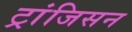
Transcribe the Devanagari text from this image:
ट्रांजिसन